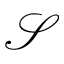
\mathcal { S }